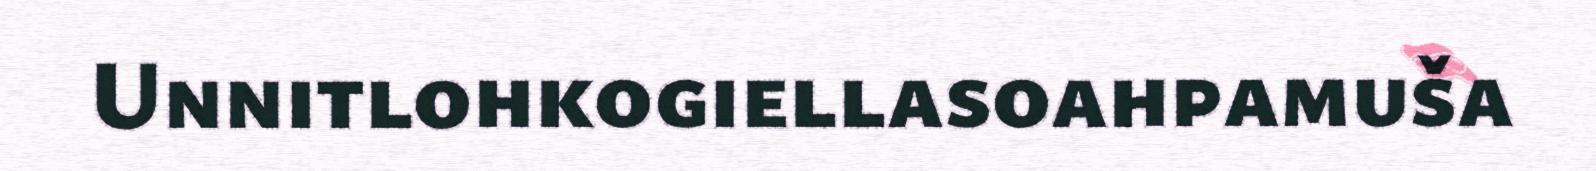
Unnitlohkogiellasoahpamuša